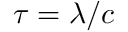
\tau = \lambda / c